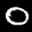
Label: 0